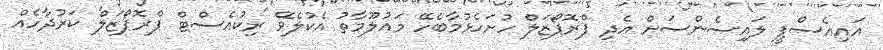
އައިއެސްޕީ ލައިސެންސަށް އެދި ޕްރޮޕޯޒަލް ހުށަހެޅުމާބެހޭ މައުލޫމާތު އެކުލެވޭ 'ރިކުއެސްޓް ޕްރޮޕޯޒަލް' ކަރުދާހެއް